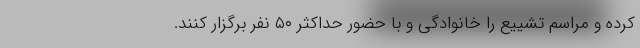
کرده و مراسم تشییع را خانوادگی و با حضور حداکثر ۵۰ نفر برگزار کنند.